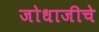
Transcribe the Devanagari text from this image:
जोधाजीचे